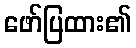
ဖော်ပြထား၏